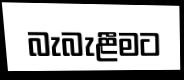
බැබැළීමට